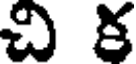
చి క